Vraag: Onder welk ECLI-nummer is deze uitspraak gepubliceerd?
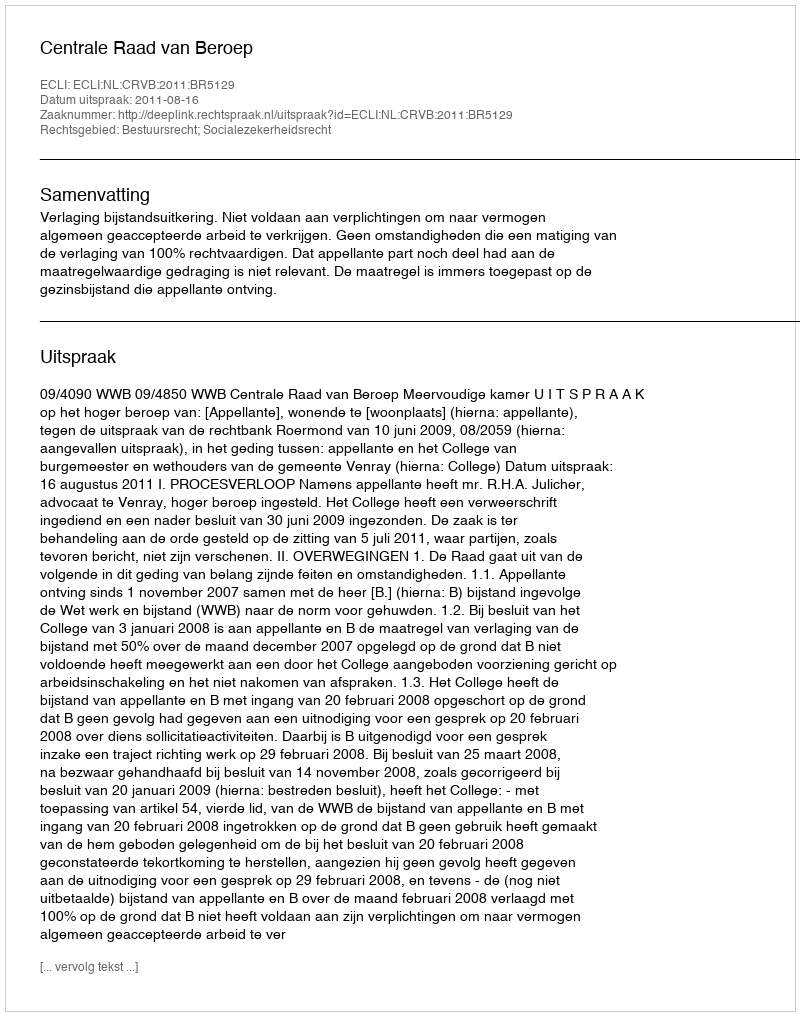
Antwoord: ECLI:NL:CRVB:2011:BR5129